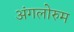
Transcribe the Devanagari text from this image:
अंगलोरुम